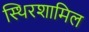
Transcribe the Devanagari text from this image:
स्थिरशामिल